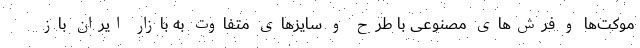
موکت‌ها و فرش‌های مصنوعی با طرح و سایزهای متفاوت به بازار ایران باز